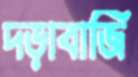
দড়াবাজি